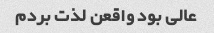
عالی بود واقعن لذت بردم